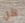
كل